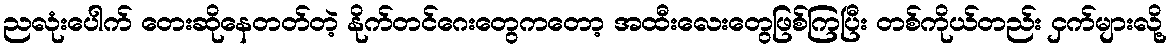
ညလုံးပေါက် တေးဆိုနေတတ်တဲ့ နိုက်တင်ဂေးတွေကတော့ အထီးလေးတွေဖြစ်ကြပြီး တစ်ကိုယ်တည်း ငှက်များလို့